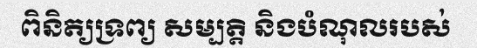
ពិនិត្យទ្រព្យ សម្បត្តិ និងបំណុលរបស់